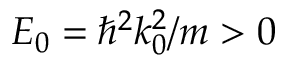
E _ { 0 } = \hbar ^ { 2 } k _ { 0 } ^ { 2 } / m > 0